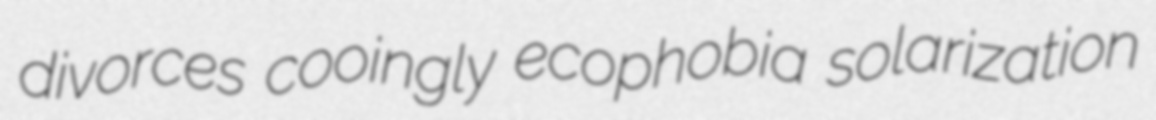
divorces cooingly ecophobia solarization